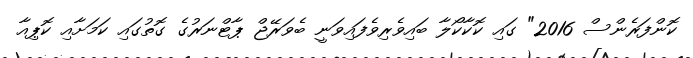
ކޮންފަރެންސް 2016" ގައި ކޮކާކޯލާ ބައިވެރިވެފައިވަނީ ބެވަރޭޖް ޕާޓްނަރުގެ ގޮތުގައި ކަމަށާއި ކޮޕިއާ